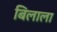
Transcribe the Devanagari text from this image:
बिलाला